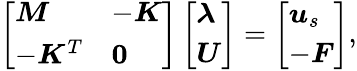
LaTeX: \begin{array}{r}{\left[\begin{array}{ll}{\boldsymbol{M}}&{-\boldsymbol{K}}\\ {-\boldsymbol{K}^{T}}&{\boldsymbol{0}}\end{array}\right]\left[\begin{array}{l}{\boldsymbol{\lambda}}\\ {\boldsymbol{U}}\end{array}\right]=\left[\begin{array}{l}{\boldsymbol{u}_{s}}\\ {-\boldsymbol{F}}\end{array}\right],}\end{array}